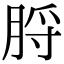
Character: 脟